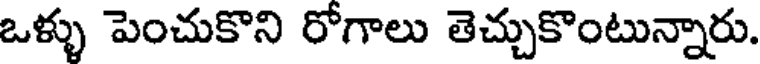
ఒళ్ళు పెంచుకొని రోగాలు తెచ్చుకొంటున్నారు.